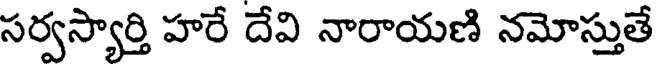
సర్వస్యార్తి హరే దేవి నారాయణి నమోస్తుతే